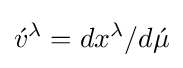
{\acute {v}}^{\lambda }=dx^{\lambda }/d{\acute {\mu }}